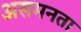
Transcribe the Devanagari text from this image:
असमनता